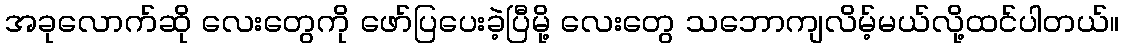
အခုလောက်ဆို လေးတွေကို ဖော်ပြပေးခဲ့ပြီမို့ လေးတွေ သဘောကျလိမ့်မယ်လို့ထင်ပါတယ်။